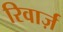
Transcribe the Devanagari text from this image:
रिवार्ज़